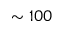
\sim 1 0 0